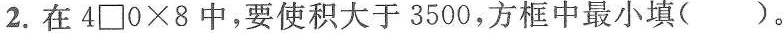
2.在$$4 \Box 0 \times 8$$中，要使积大于3500，方框中最小填()。